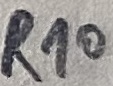
Text: R10